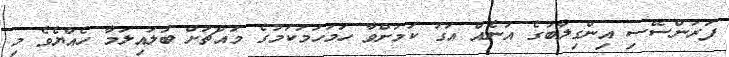
ފަރަންސޭސި އިންގިލާބުގެ އަނެއް އަގު ކަމަށްވާ ހަމަހަމަކަމުގެ މައްޗަށް ބަލައިލަމާ ހެއްޔެވެ މި